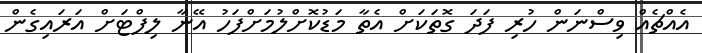
އެއްޗެއް ވިސްނަން ހުރި ފަދަ ގޮތަކަށް އެތާ މަޑުކޮށްލުމަށްފަހު އޭނާ ލިފްޓަށް އަރައިގެން